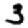
Digit: 3